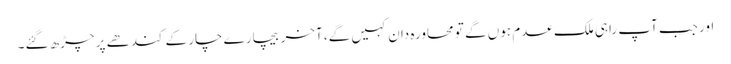
اور جب آپ راہی ملک عدم ہوں گے تو محاورہ دان کہیں گے، آخر بیچارے چار کے کندھے پر چڑھ گئے۔